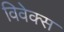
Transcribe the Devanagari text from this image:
विवेक्स